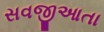
સવજીઆતા